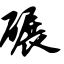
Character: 碾